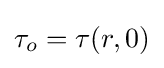
\tau _{o}=\tau (r,0)